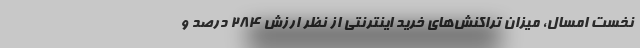
نخست امسال، میزان تراکنش‌های خرید اینترنتی از نظر ارزش ۲۸۴ درصد و